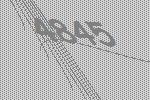
4845